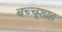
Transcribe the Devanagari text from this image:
बच्चूशाह